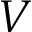
V